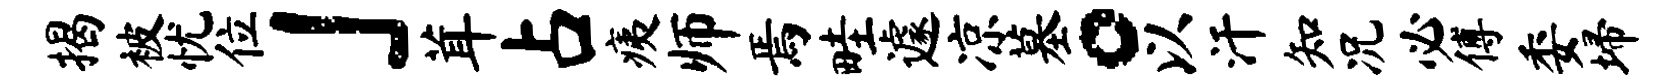
揭被忧位」茸占痍师焉畦遽凉墓。以汗知况必傅委埽